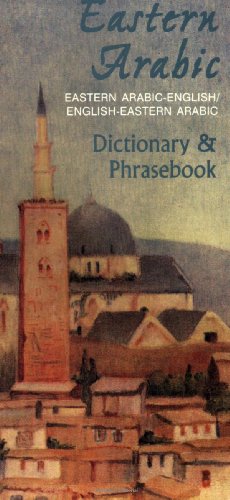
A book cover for Eastern Arabic Phrasebook & Dictionary: For the Spoken Arabic of Jordan, Lebanon, Palestine/Israel and Syria (Hippocrene Dictionary & Phrasebook); Frank A. Rice; Travel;